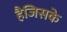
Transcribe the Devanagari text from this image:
हैजिसके